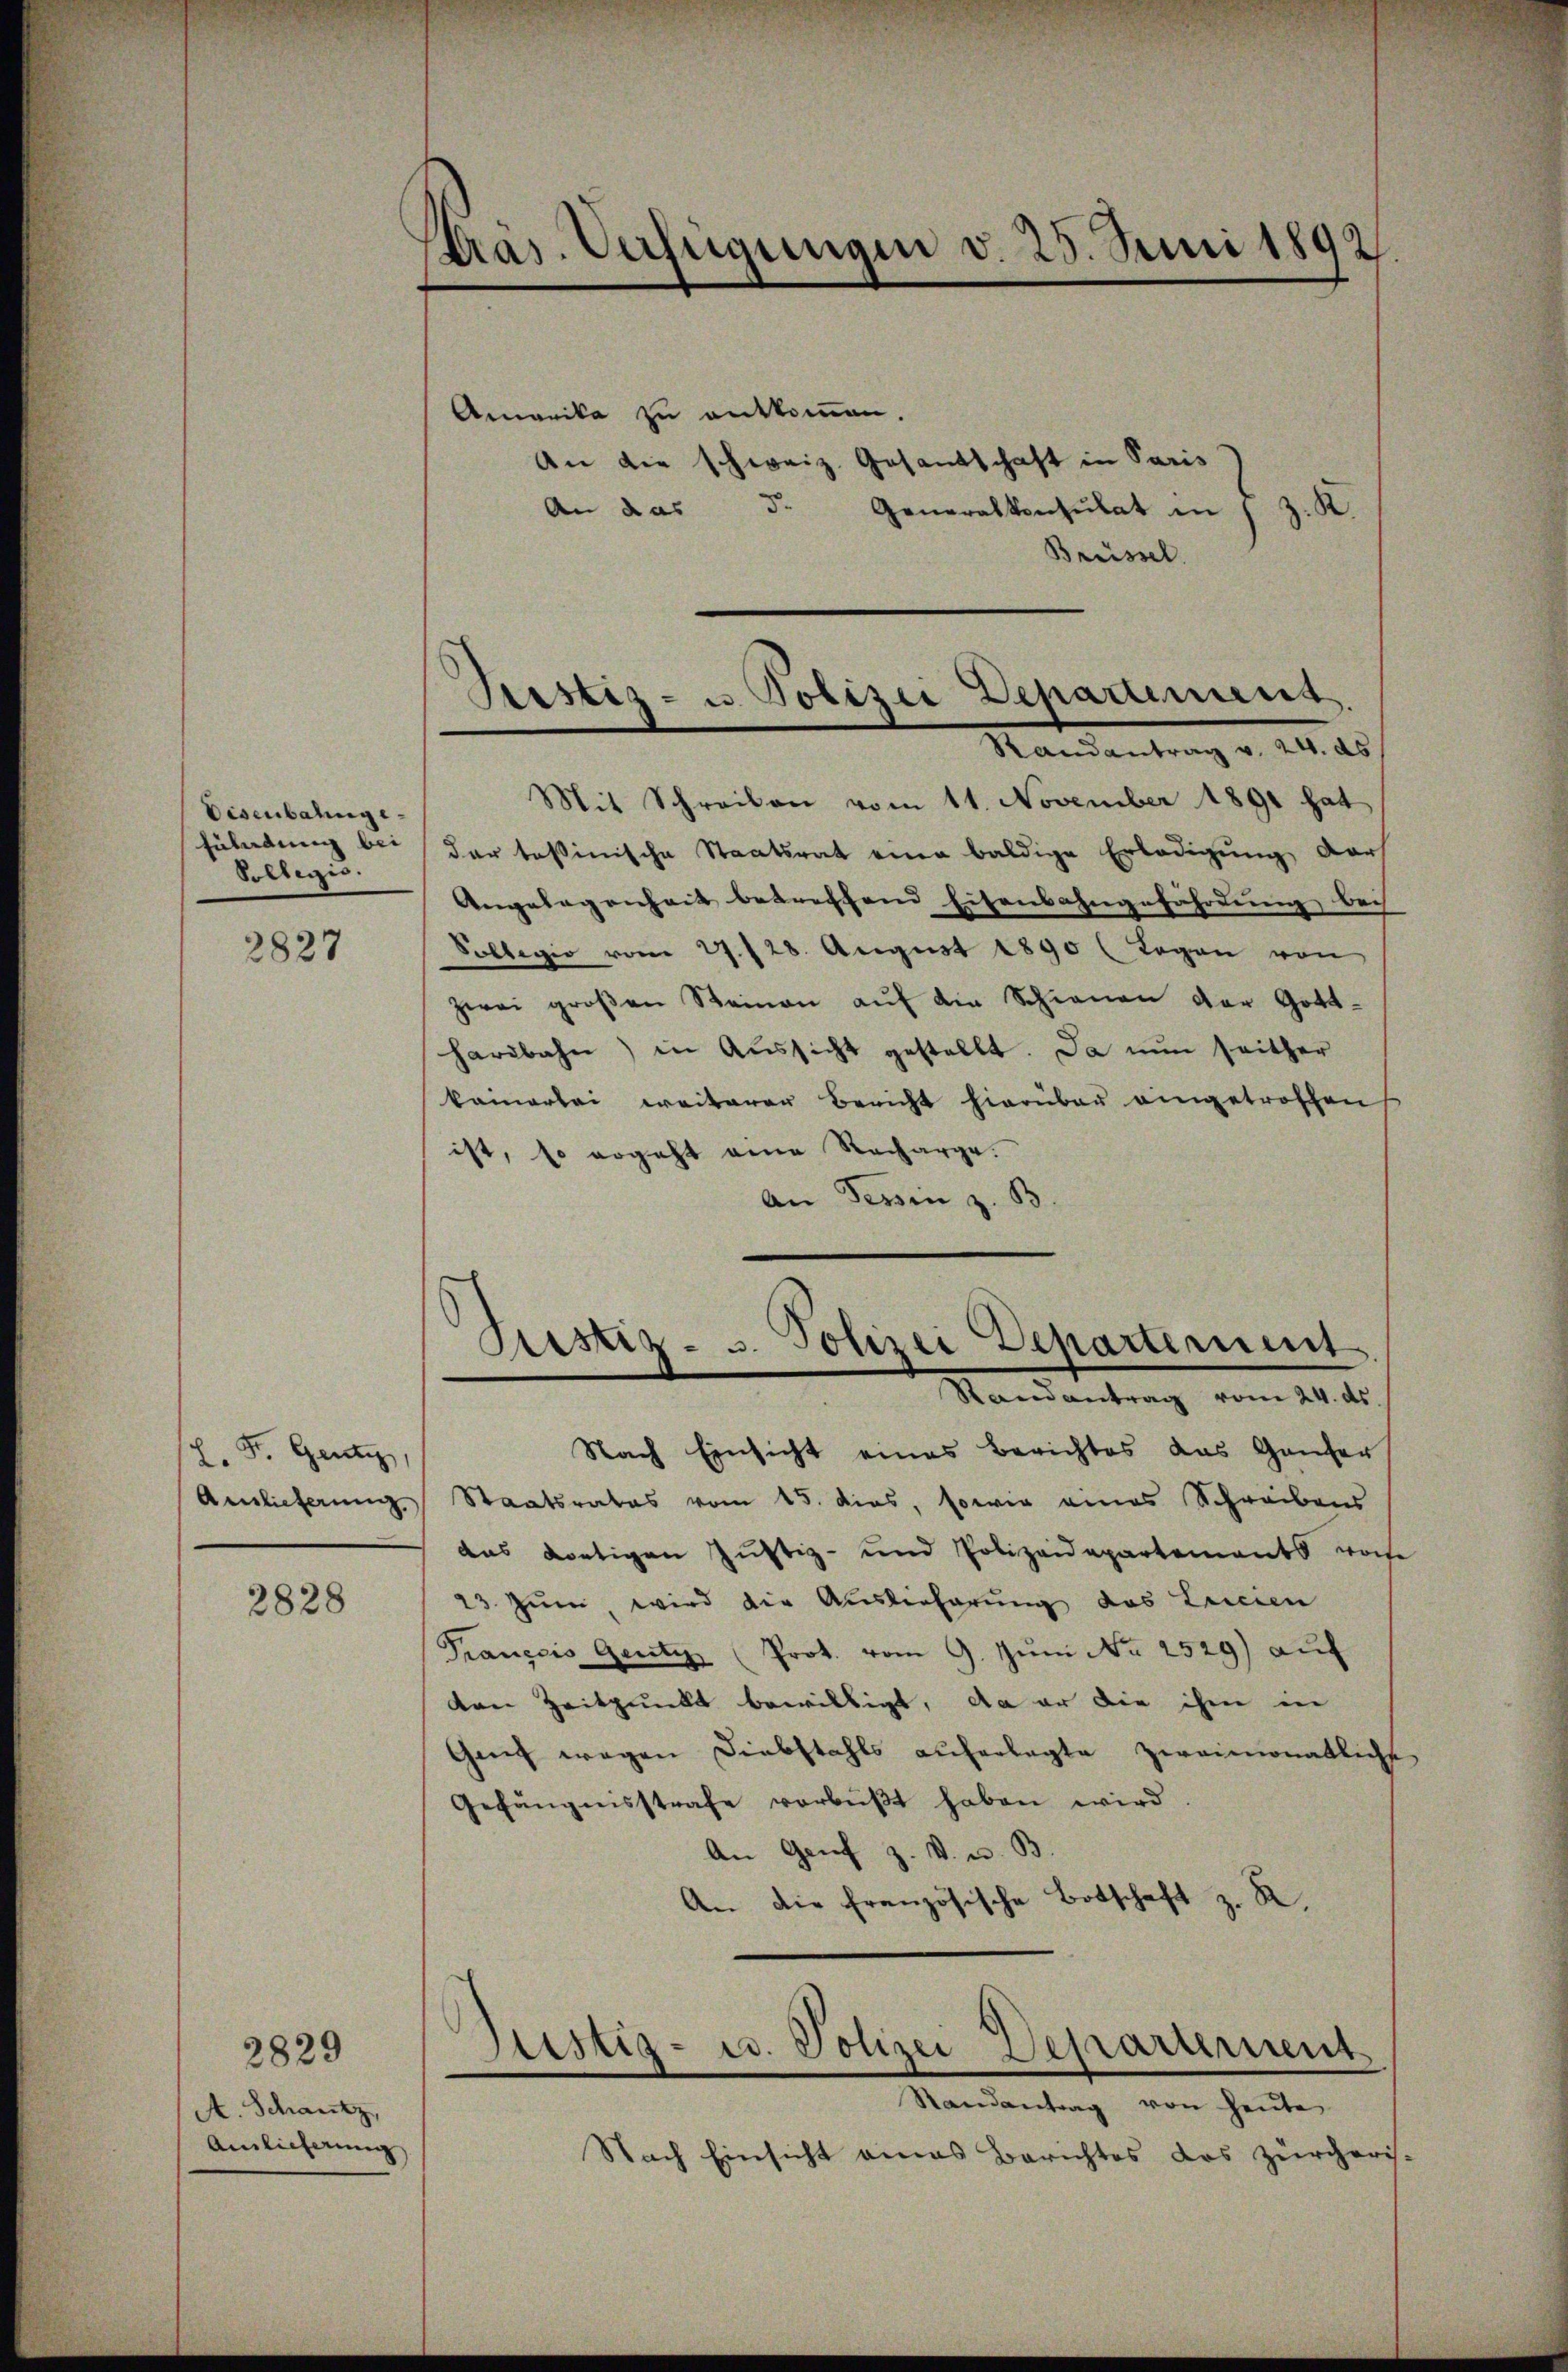
Disenbahnge¬
Züladung bei
Sollegio.

2827

H. F. Gent

2828

2829
A. Schautz,
Ainlicherung

Präs. Verfügungen d. 25. Juni 1892.

Justiz- u Polizei Departement.

Amonika zu entkommen.
An die schweiz. Gesandschaft in Paris
An das 5. Generalkonsulat in
z. B.
Brüssel
Mandantung v. 1828
Mit Schreiben vom 11. November 1891 hat
der tessinische Staatsrat eine baldige Erledigung darf
Angelegenheit betreffend Eisensangefährdung bei
Sollegio vom 27. 128. August 1890 (Togen von
zwei groβen Steinen aŭf die Schinen der Gott-
hardbahn) in Aŭssicht gestellt. Da nun seither
kainerlei weiterer Bericht hierüber eingetroffen
ist, so ergeht eine Recharge.
An Tessin z. B

Justiz- u. Polizei Departement
Randantrag vom 24. ds.

Nach Einsicht eines Berichtes das Ganter
Anlieferung Staatsrates vom 15. dies, sowie eines Schreibens
das dortigen Justiz- und Polizeidepartements von
23. Juni, wird die Auslieferung das Leicien
Franzis Genitz (Prot. vom 9. Jŭni No 2529) auf
den Zeitpunkt bewilligt, da er die ihm in
Gant wegen Diebstahls auferlegte zweimonatliche
Gefängnisstrafe verbüβt haben wird.
An Genf z. B. u. B.
An die französische Botschaft z. R.

Justiz- u. Polizei Departernent

Randantrag von heute,
Nach Einsicht eines Berichtes das Zürcheris¬